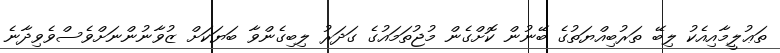
ތަޢުލީމާއިއެކު ލިބޭ ތަރުބިއްޔަތުގެ ބޭނުން ކޮށްގެން މުޖުތަމައުގެ ގަދަރު ލިބިގެންވާ ބަޔަކަށް ޒުވާނުންނަށްވެސްވެވިދާނެ